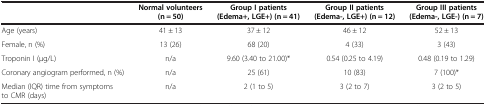
<table><thead><tr><td><b> </b></td><td><b>Normal volunteers (n = 50)</b></td><td><b>Group I patients (Edema+, LGE+) (n = 41)</b></td><td><b>Group II patients (Edema-, LGE+) (n = 12)</b></td><td><b>Group III patients (Edema-, LGE-) (n = 7)</b></td></tr></thead><tbody><tr><td>Age (years)</td><td>41 ± 13</td><td>37 ± 12</td><td>46 ± 12</td><td>52 ± 13</td></tr><tr><td>Female, n (%)</td><td>13 (26)</td><td>68 (20)</td><td>4 (33)</td><td>3 (43)</td></tr><tr><td>Troponin I (μg/L)</td><td>n/a</td><td>9.60 (3.40 to 21.00)*</td><td>0.54 (0.25 to 4.19)</td><td>0.48 (0.19 to 1.29)</td></tr><tr><td>Coronary angiogram performed, n (%)</td><td>n/a</td><td>25 (61)</td><td>10 (83)</td><td>7 (100)*</td></tr><tr><td>Median (IQR) time from symptoms to CMR (days)</td><td>n/a</td><td>2 (1 to 5)</td><td>3 (2 to 7)</td><td>3 (2 to 5)</td></tr></tbody></table>